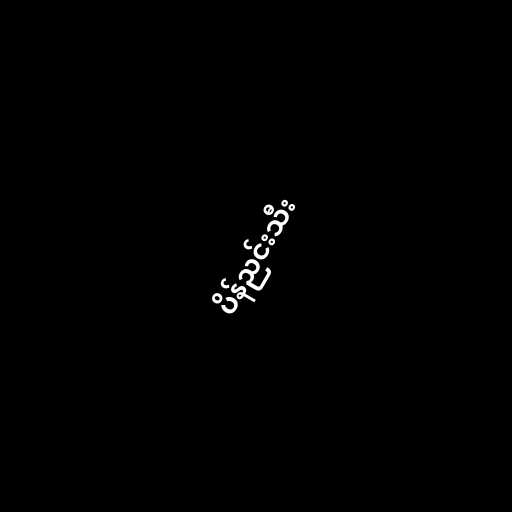
ပိန်ညင်းသီး